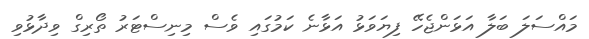
މައްސަލަ ބަލާ އަޅަންޖެހޭ ފިޔަވަޅު އަޅާނެ ކަމުގައި ވެސް މިނިސްޓަރު ތޯރިގް ވިދާޅުވި